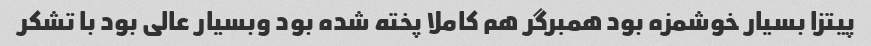
پیتزا بسیار خوشمزه بود همبرگر هم کاملا پخته شده بود وبسیار عالی بود با تشکر